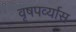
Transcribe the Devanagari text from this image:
वृषपर्व्यास